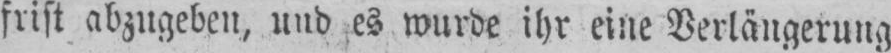
frist abzugeben, und es wurde ihr eine Verlängerung